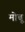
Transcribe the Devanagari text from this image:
मोचू